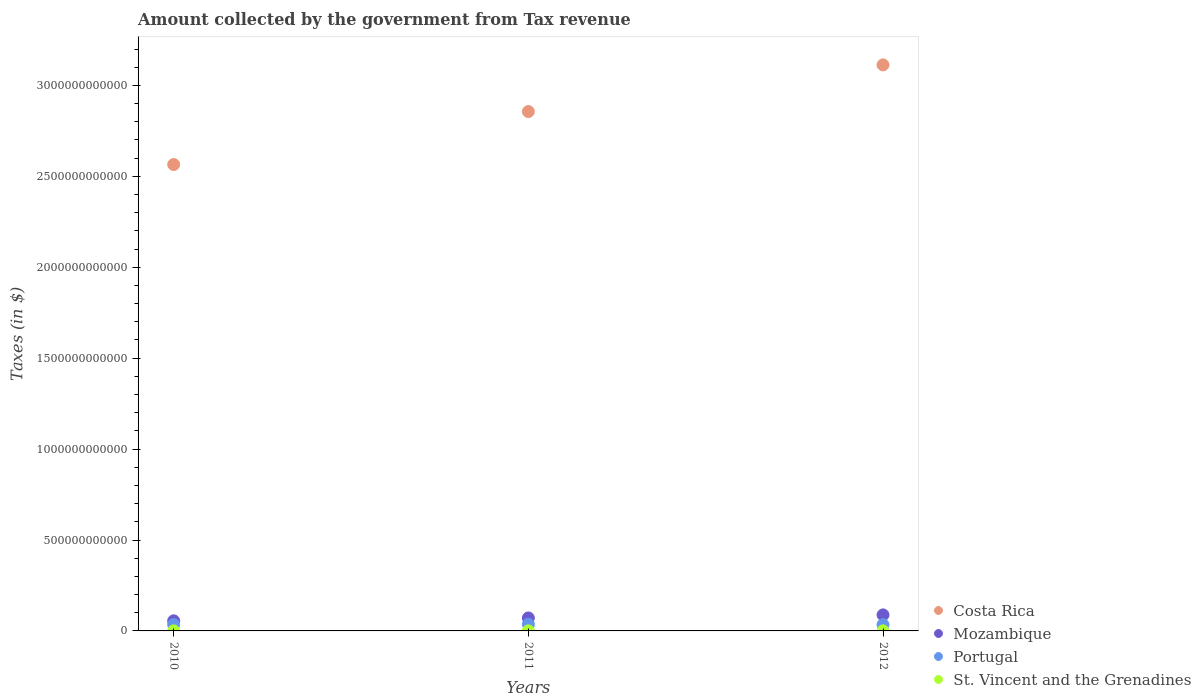
| Years | Costa Rica | Mozambique | Portugal | St. Vincent and the Grenadines |
 | --- | --- | --- | --- | --- |
 | 2010 | 2.56e+12 | 5.56e+10 | 3.47e+10 | 4.22e+08 |
 | 2011 | 2.86e+12 | 7.14e+10 | 3.67e+10 | 4.12e+08 |
 | 2012 | 3.11e+12 | 8.82e+10 | 3.45e+10 | 4.31e+08 |